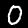
Digit: 0